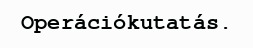
Operációkutatás.